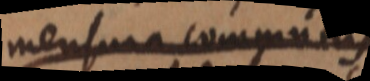
Mensura communis